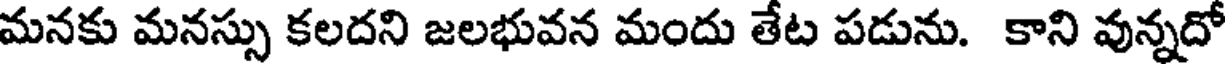
మనకు మనస్సు కలదని జలభువన మందు తేట పడును. కాని వున్నదో